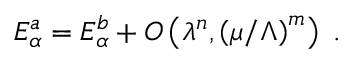
E _ { \alpha } ^ { a } = E _ { \alpha } ^ { b } + O \left( \lambda ^ { n } , \left( { \mu / \Lambda } \right) ^ { m } \right) \; .